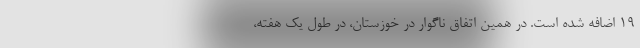
۱۹ اضافه شده است. در همین اتفاق ناگوار در خوزستان، در طول یک هفته،